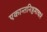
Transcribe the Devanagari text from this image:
एकान्तनिष्ठमाचारं